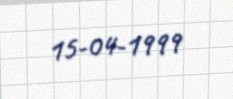
15-04-1999